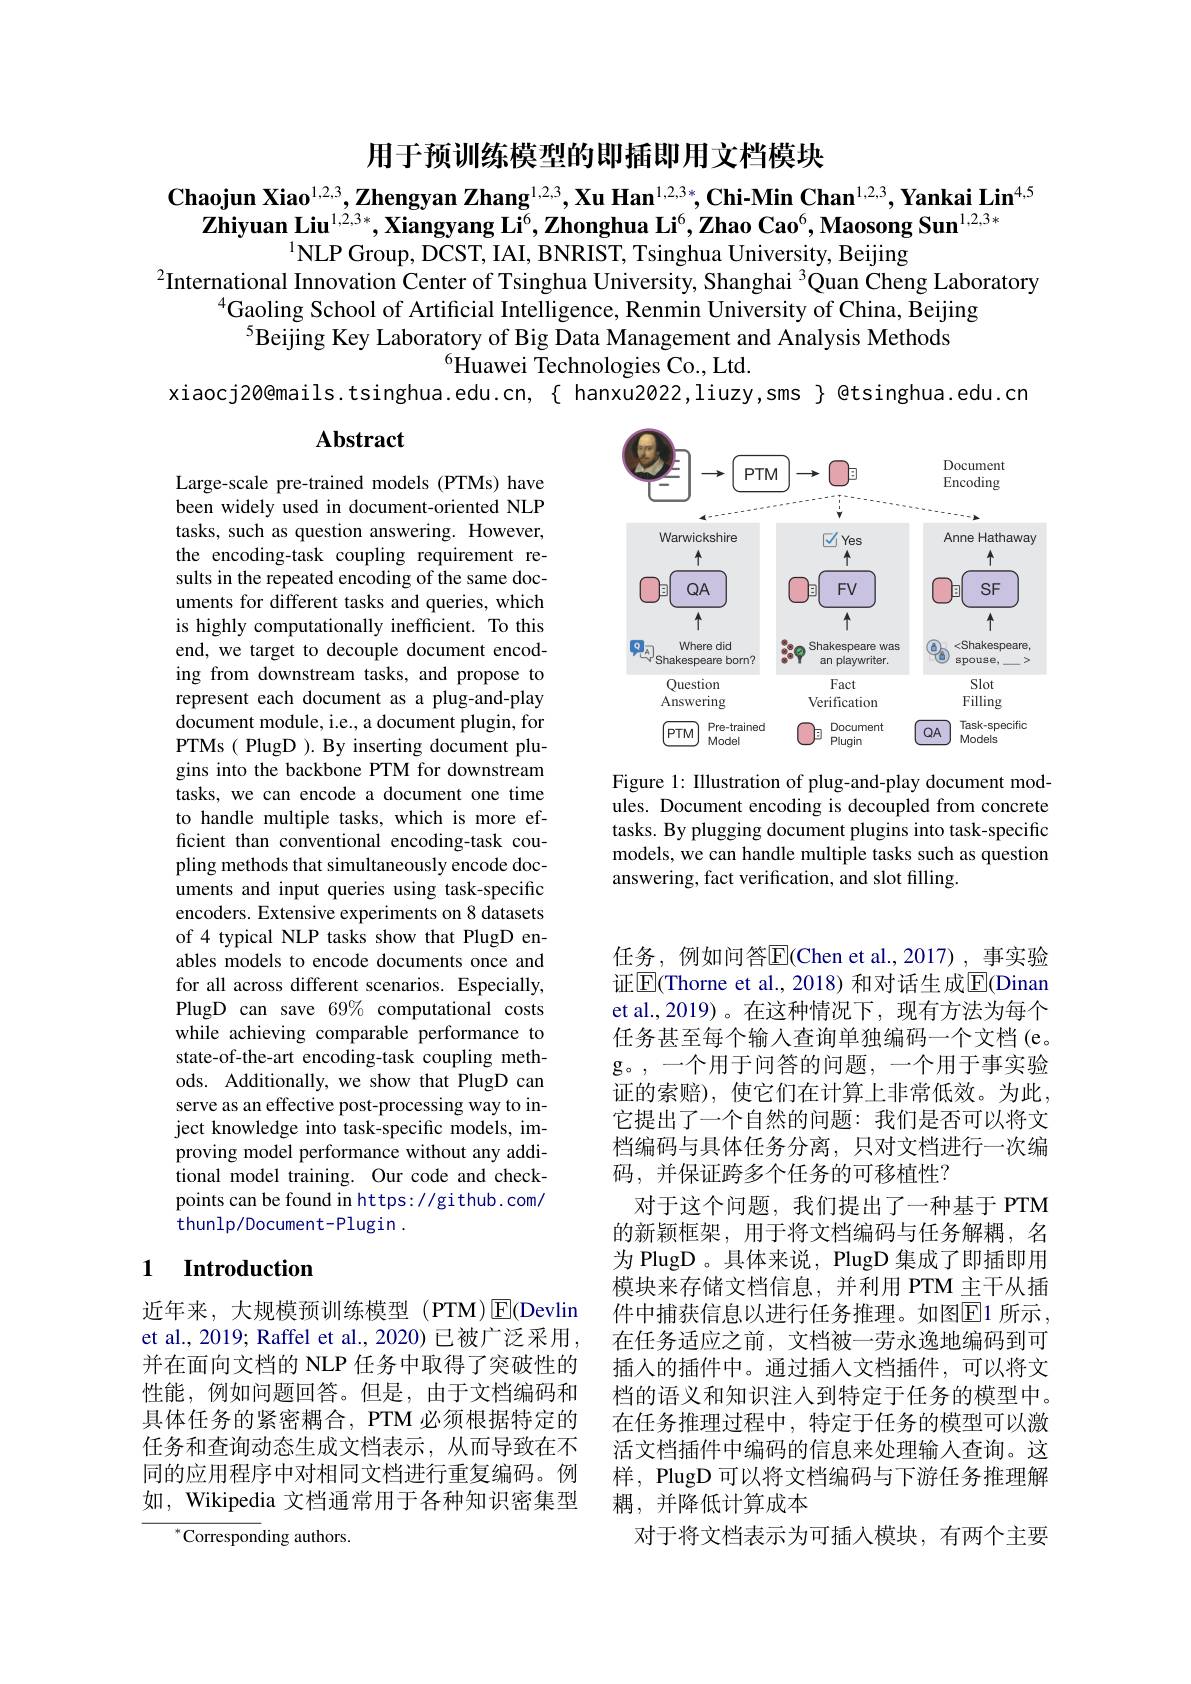
用于预训练模型的即插即用文档模块

$\textbf{Chaojun Xiao}^{1,2,3},\textbf{Zhengyan Zhang}^{1,2,3},\textbf{Xu Han}^{1,2,3*},\textbf{Chi-Min Chan}^{1,2,3},\textbf{Yankai Lin}^{4,5}$
$\textbf{Zhiyuan Liu}^{1,2,3*},\textbf{Xiangyang Li}^6,\textbf{Zhonghua Li}^6,\textbf{Zhao Cao}^6,\textbf{Maosong Sun}^{1,2,3*}$
$^{1}$NLP Group, DCST, IAI, BNRIST, Tsinghua University, Beijing
$^{2}$International Innovation Center of Tsinghua University, Shanghai $^{3}$Quan Cheng Laboratory
$^{4}$Gaoling School of Artificial Intelligence, Renmin University of China, Beijing
$\bar{\text{Beijing Key Laboratory of Big Data Management and Analysis Methods}}$
$^{6}$Huawei Technologies Co., Ltd.
xiaocj20@mails.tsinghua.edu.cn,{ hanxu2022,liuzy,sms} @tsinghua.edu.cn

### $\mathbf{Abstract}$

<FigureHere>

Figure 1: Illustration of plug-and-play document modules. Document encoding is decoupled from concrete tasks. By plugging document plugins into task-specific models, we can handle multiple tasks such as question answering, fact verification, and slot filling

Large-scale pre-trained models (PTMs) have been widely used in document-oriented NLP tasks, such as question answering. However, the encoding-task coupling requirement results in the repeated encoding of the same documents for different tasks and queries, which is highly computationally inefficient. To this end, we target to decouple document encoding from downstream tasks, and propose to represent each document as a plug-and-play document module, i.e., a document plugin, for PTMs ( PlugD ). By inserting document plugins into the backbone PTM for downstream tasks, we can encode a document one time to handle multiple tasks, which is more efficient than conventional encoding-task coupling methods that simultaneously encode documents and input queries using task-specific encoders. Extensive experiments on 8 datasets of 4 typical NLP tasks show that PlugD enables models to encode documents once and for all across different scenarios. Especially, PlugD can save 69% computational costs while achieving comparable performance to state-of-the-art encoding-task coupling methods. Additionally, we show that PlugD can serve as an effective post-processing way to inject knowledge into task-specific models, improving model performance without any additional model training. Our code and checkpoints can be found in https://gi thub. com/ thunlp/Document-Plugin .

任务，例如问答$\overline{\mathrm{E}}($Chen et al.,2017),事实验证$\boxed{\mathrm{E}}$(Thorne et al., 2018) 和对话生成$\boxed{\mathrm{F}}$(Dinan et al.,2019)。在这种情况下，现有方法为每个任务甚至每个输入查询单独编码一个文档(e。g。,一个用于问答的问题，一个用于事实验证的索赔),使它们在计算上非常低效。为此， 它提出了一个自然的问题：我们是否可以将文档编码与具体任务分离，只对文档进行一次编码，并保证跨多个任务的可移植性？
对于这个问题，我们提出了一种基于 PTM 的新颖框架，用于将文档编码与任务解耦，名为 PlugD 。具体来说，PlugD 集成了即插即用模块来存储文档信息，并利用 PTM 主干从插件中捕获信息以进行任务推理。如图$\overline{\mathrm{E}}$1 所示， 在任务适应之前，文档被一劳永逸地编码到可插入的插件中。通过插人文档插件，可以将文档的语义和知识注人到特定于任务的模型中。在任务推理过程中，特定于任务的模型可以激活文档插件中编码的信息来处理输入查询。这样，PlugD 可以将文档编码与下游任务推理解耦，并降低计算成本
对于将文档表示为可插入模块，有两个主要

### 1 $\textbf{Introduction}$

近年来，大规模预训练模型(PTM)E(Devlin et al., 2019; Raffel et al., 2020) 已被广泛采用. 并在面向文档的 NLP 任务中取得了突破性的性能，例如问题回答。但是，由于文档编码和具体任务的紧密耦合，PTM 必须根据特定的任务和查询动态生成文档表示，从而导致在不同的应用程序中对相同文档进行重复编码。例如，Wikipedia 文档通常用于各种知识密集型
${^*\text{Correspon}}$ding authors.